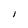
Character: C